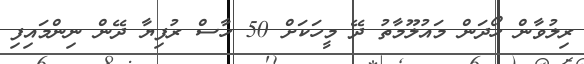
ރިލުވާން ހޯދަން މައުލޫމާތު ދޭ މީހަކަށް 50 ހާސް ރުފިޔާ ދޭން ނިންމައިފި